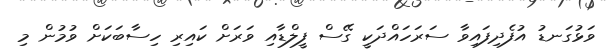
ވަޅުގަނޑު އުފެދިފައިވާ ސަރަހައްދަކީ ގޭސް ފީލްޑާއި ވަރަށް ކައިރި ހިސާބަކަށް ވުމުން މި